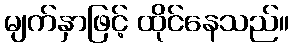
မျက်နှာဖြင့် ထိုင်နေသည်။